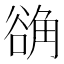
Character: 𬢗